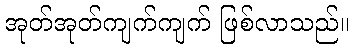
အုတ်အုတ်ကျက်ကျက် ဖြစ်လာသည်။